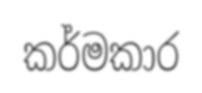
කර්මකාර